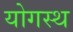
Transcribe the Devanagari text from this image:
योगस्थ